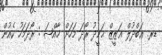
ޑރ. ޢަބްދުލް ޢަޒީޒް ޙަމީދު ރޯދަ މަހަށް ޚާއްޞަ : ރޯދަމަހު ކެއުން